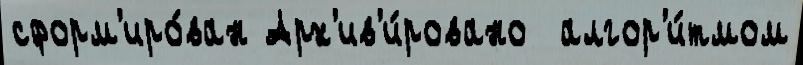
сформ'иро́ван Арх'ив'и́ровано  алгор'и́тмом